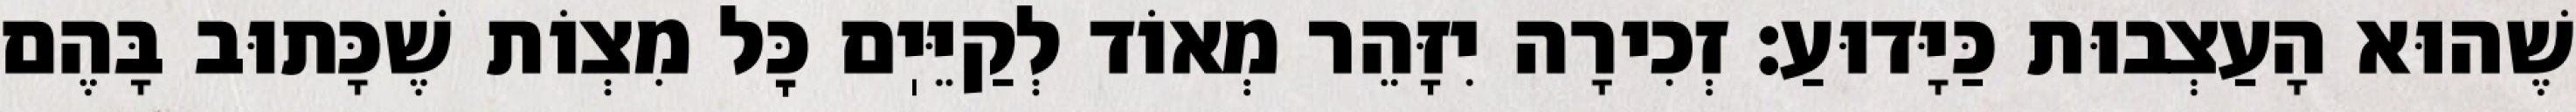
שֶׁהוּא הָעַצְבוּת כַּיָּדוּעַ: זְכִירָה יִזָּהֵר מְאוֹד לְקַיֵּיֽם כׇּל מִצְוֹת שֶׁכָּתוּב בָּהֶם